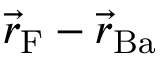
\vec { r } _ { \mathrm { F } } - \vec { r } _ { \mathrm { B a } }